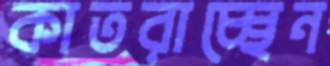
কাতরাচ্ছেন